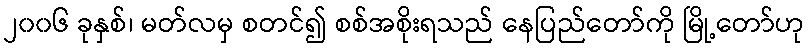
၂၀၀၆ ခုနှစ်၊ မတ်လမှ စတင်၍ စစ်အစိုးရသည် နေပြည်တော်ကို မြို့တော်ဟု